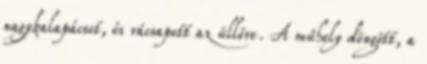
nagykalapácsot, és rácsapott az üllőre. A műhely döngött, a